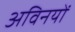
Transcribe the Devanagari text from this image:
अविनयों